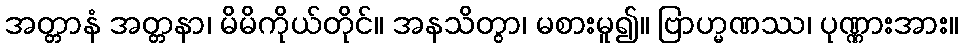
အတ္တာနံ အတ္တနာ၊ မိမိကိုယ်တိုင်။ အနသိတွာ၊ မစားမူ၍။ ဗြာဟ္မဏဿ၊ ပုဏ္ဏားအား။